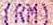
(RM)